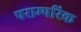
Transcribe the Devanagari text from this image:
पराम्परिक